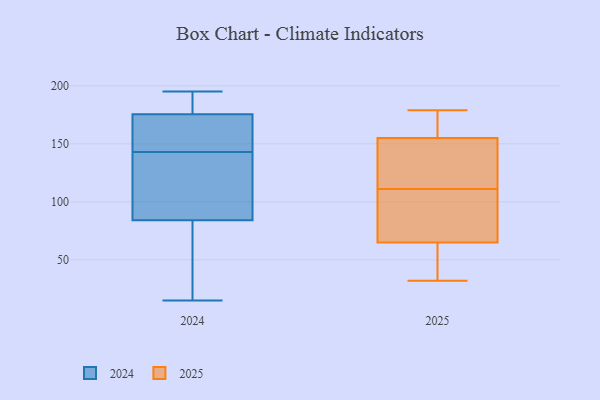
{"axis": {"x": "Humidity (%)", "y": "Value"}, "legend": ["2024", "2025"], "data": [{"x": "", "y": 32, "type": "2025"}, {"x": "", "y": 103, "type": "2025"}, {"x": "", "y": 53, "type": "2025"}, {"x": "", "y": 119, "type": "2025"}, {"x": "", "y": 72, "type": "2025"}, {"x": "", "y": 65, "type": "2025"}, {"x": "", "y": 177, "type": "2025"}, {"x": "", "y": 137, "type": "2025"}, {"x": "", "y": 155, "type": "2025"}, {"x": "", "y": 179, "type": "2025"}, {"x": "", "y": 191, "type": "2024"}, {"x": "", "y": 160, "type": "2024"}, {"x": "", "y": 47, "type": "2024"}, {"x": "", "y": 65, "type": "2024"}, {"x": "", "y": 15, "type": "2024"}, {"x": "", "y": 103, "type": "2024"}, {"x": "", "y": 115, "type": "2024"}, {"x": "", "y": 41, "type": "2024"}, {"x": "", "y": 190, "type": "2024"}, {"x": "", "y": 149, "type": "2024"}, {"x": "", "y": 195, "type": "2024"}, {"x": "", "y": 159, "type": "2024"}, {"x": "", "y": 113, "type": "2024"}, {"x": "", "y": 188, "type": "2024"}, {"x": "", "y": 163, "type": "2024"}, {"x": "", "y": 137, "type": "2024"}]}